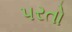
પરતો